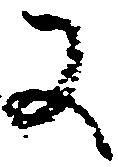
又